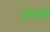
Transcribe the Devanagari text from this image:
जलायें